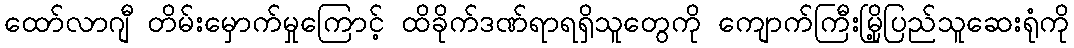
ထော်လာဂျီ တိမ်းမှောက်မှုကြောင့် ထိခိုက်ဒဏ်ရာရရှိသူတွေကို ကျောက်ကြီးမြို့ပြည်သူဆေးရုံကို